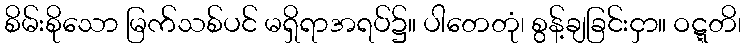
စိမ်းစိုသော မြက်သစ်ပင် မရှိရာအရပ်၌။ ပါတေတုံ၊ စွန့်ချခြင်းငှာ။ ဝဋ္ဋတိ၊